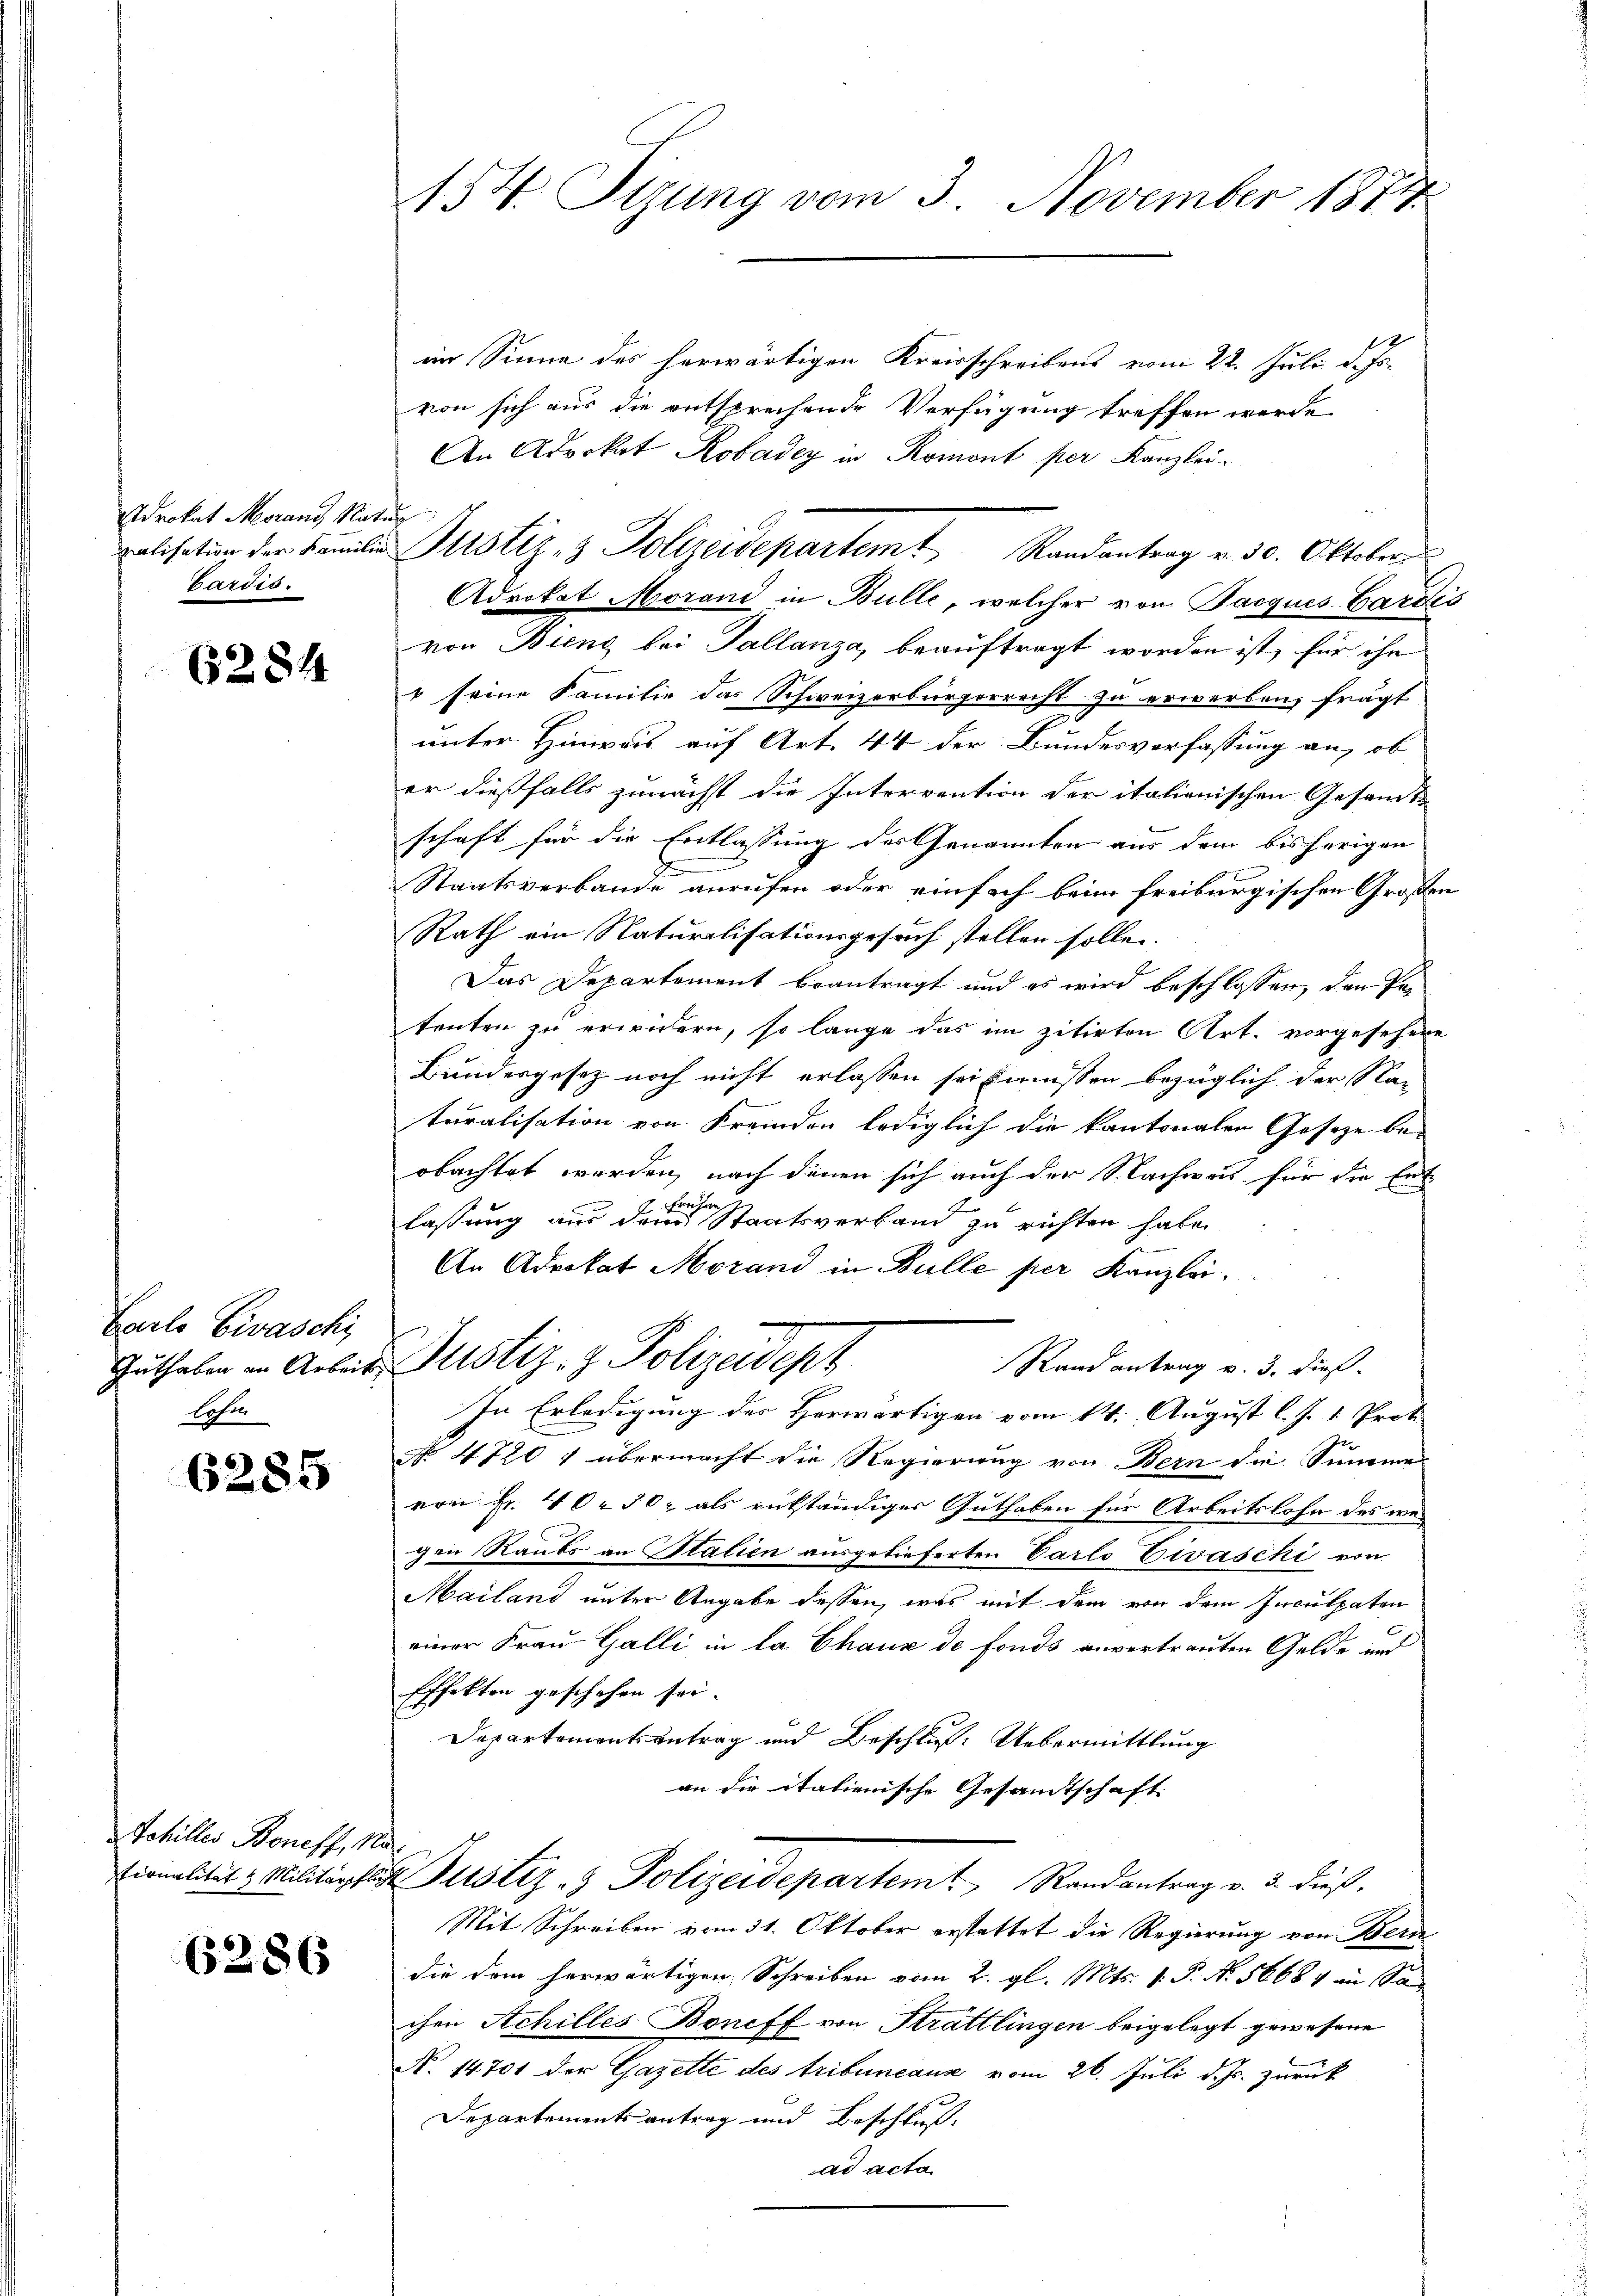
Adrokat Moranz Rat.
ralisation der Familie
bardis.

6284

Barlo Eivaschi
Guthaben an Arbeits
lasen

6285

Schilles Boneff, Na
tionalität & Militärpflich

6286

154. Sizung vom 3. November 1874

im Sinne des herwärtigen Kreisschreibens vom 22. Juli d. Js.
von sich aus die entsprechende Verfügung treffen werde
An Advokat Robadey in Romont per Kanzlei-
e
Advokat Morand in Bulle, welcher von Pacques Garde
von Bieng bei Tallanza, beauftragt worden ist, für ihn
4 seine Familie das Schweizerbürgerrecht zu erwerben, frägt
unter Hinweis auf Art. 44 der Bundesverfassung an, ob
er dießfalls zunächst die Intervention der italienischen Gesandte
schaft für die Entlassung des Genannten aus dem bisherigen
d
Staatsverbande anrufen oder einfach beim freiburgischen Große
Rath ein Naturalisationsgesuch stellen sollen.
Das Departement beantragt und es wird beschlossen, den Patenten zu erwidern, so lange das im zitirten Art. vorgesehen
Bundesgesetz noch nicht erlassen sei müssen bezüglich der Na-
turalisation von Fremden lediglich die kantonalen Gesetze be-
obachtet werden, nach denen sich auch der Nachweis für die Ent
Freihe
laßung aus dem Staatsverband zu richten habe.
An Advokat Morand in Bulle per Kanzlei.
Justiz- & Polizeident
Rand antrag v. 3. dieß.
In Erledigung des Herwärtigen vom 14. August l. J. 1 Prot
No 4720 f übermacht die Regierung von Bern die Summe
von Fr. 40. 302 als rükständiger Guthaben für Arbeitslohn des wegen Raubs an Statien ausgelieferten Carlo Ewaschi von
Mailand unter Angabe dessen, was mit dem von dem Inculpaten
einer Frau-Galli in la Chaux de fonds anvertrauten Gelde auf
Effekten geschehen sei.
Departementsantrag und Beschluß: Uebermittlung
an die italienische Gesandtschaft.
Justiz- & Polizeidepartem Randantrag v. 3. dieß,
Mit Schreiben vom 31. Oktober erstattet die Regierung von Bern
die dem herwärtigen Schreiben vom 2. gl. Mts. v. P. N. 56684 in San
chen Achilles Boniff von Strattlingen beigelegt gewesene
N. 14701 der Gazette des tribunaus vom 26. Juli d. Js. zurück
Departementsantrag und Beschluß,
ad acta

Justiz- & Polizeidepartem Randantrag v. 30. Oktober